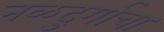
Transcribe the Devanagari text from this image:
नळदुर्गाचा